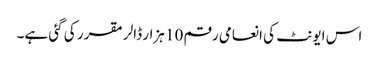
اس ایونٹ کی انعامی رقم 10 ہزار ڈالر مقرر کی گئی ہے۔